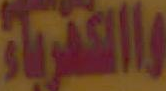
والكهرباء